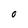
Character: O